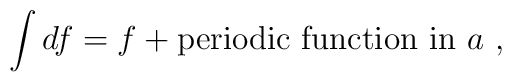
\int df = f + \mbox{periodic function in} \, \, a \,\, ,